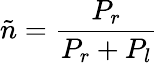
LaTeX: {\tilde{n}}={\frac{P_{r}}{P_{r}+P_{l}}}